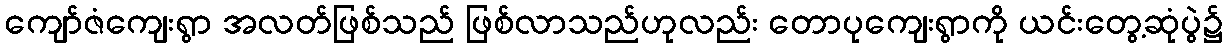
ကျော်ဇံကျေးရွာ အလတ်ဖြစ်သည် ဖြစ်လာသည်ဟုလည်း တောပုကျေးရွာကို ယင်းတွေ့ဆုံပွဲ၌